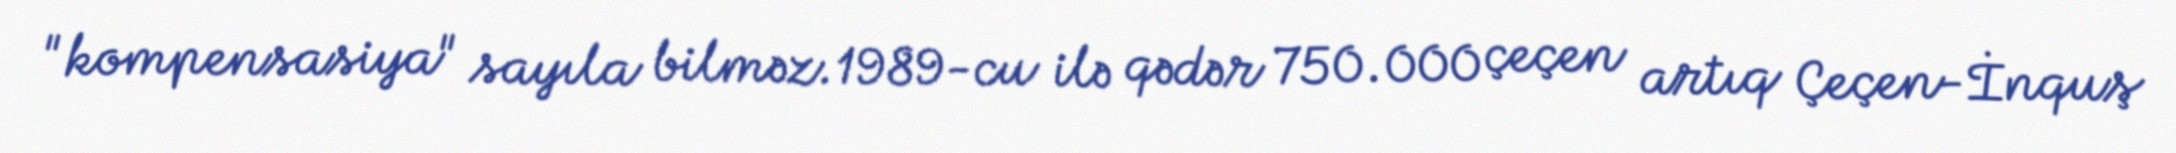
"kompensasiya" sayıla bilməz.1989-cu ilə qədər 750.000 çeçen artıq Çeçen-İnquş